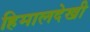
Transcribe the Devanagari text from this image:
हिमालदेखी